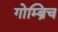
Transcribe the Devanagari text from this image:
गोम्ब्रिच